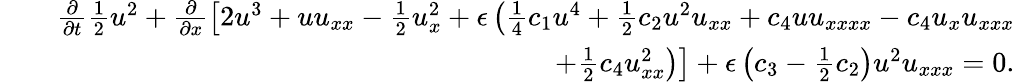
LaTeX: \begin{array}{rlr}&{}&{\frac{\partial}{\partial t}\frac{1}{2}u^{2}+\frac{\partial}{\partial x}\left[2u^{3}+uu_{xx}-\frac{1}{2}u_{x}^{2}+\epsilon\left(\frac{1}{4}c_{1}u^{4}+\frac{1}{2}c_{2}u^{2}u_{xx}+c_{4}uu_{xxxx}-c_{4}u_{x}u_{xxx}\right.\right.}\\ &{}&{\left.\left.\mathrm+\frac{1}{2}c_{4}u_{xx}^{2}\right)\right]+\epsilon\left(c_{3}-\frac{1}{2}c_{2}\right)u^{2}u_{xxx}=0.}\end{array}